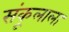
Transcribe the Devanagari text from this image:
संकूलाला